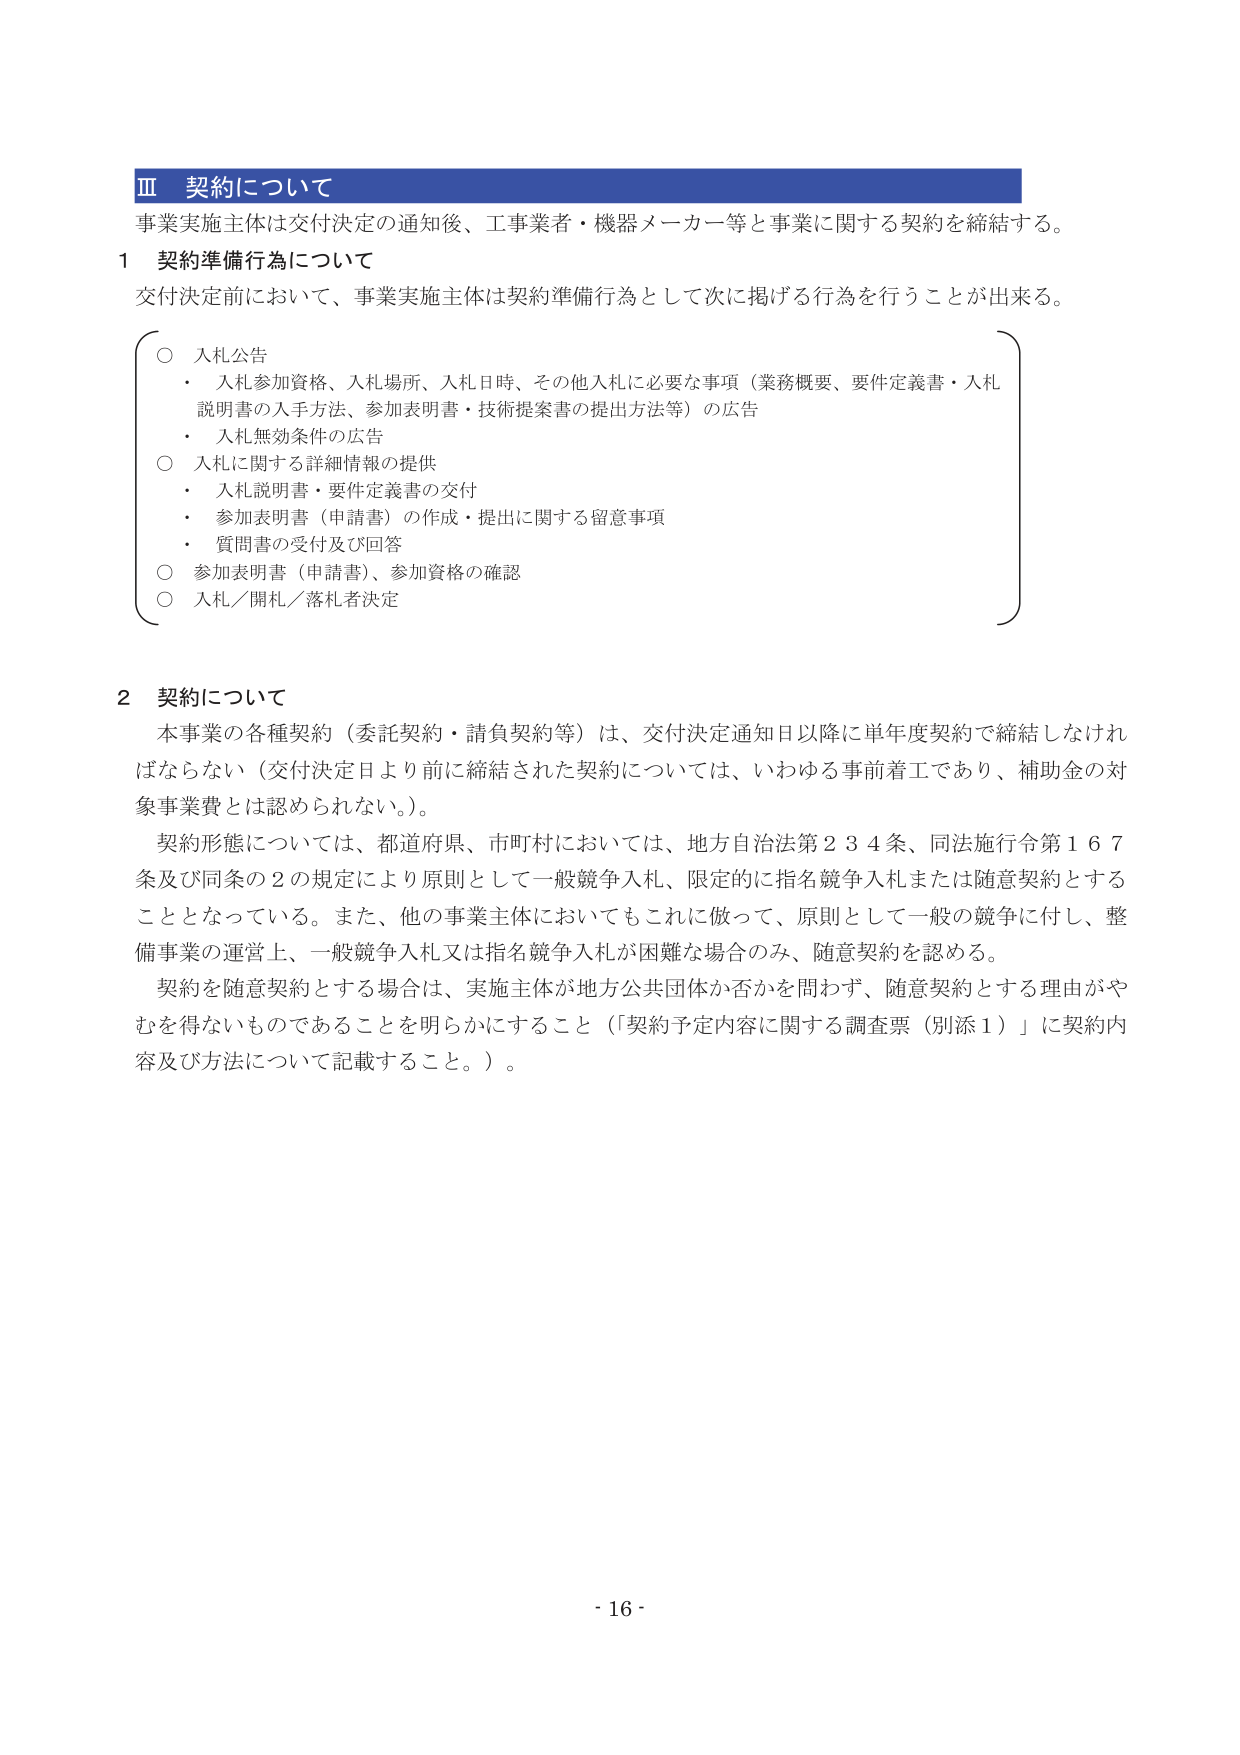
Ⅲ 契約について
事業実施主体は交付決定の通知後、工事業者・機器メーカー等と事業に関する契約を締結する。

1 契約準備行為について
交付決定前において、事業実施主体は契約準備行為として次に掲げる行為を行うことが出来る。

○ 入札公告
・ 入札参加資格、入札場所、入札日時、その他入札に必要な事項（業務概要、要件定義書・入札説明書の入手方法、参加表明書・技術提案書の提出方法等）の広告
・ 入札無効条件の広告

○ 入札に関する詳細情報の提供
・ 入札説明書・要件定義書の交付
・ 参加表明書（申請書）の作成・提出に関する留意事項
・ 質問書の受付及び回答

○ 参加表明書（申請書）、参加資格の確認

○ 入札／開札／落札者決定

2 契約について
本事業の各種契約（委託契約・請負契約等）は、交付決定通知日以降に単年度契約で締結しなければならない（交付決定日より前に締結された契約については、いわゆる事前着工であり、補助金の対象事業費とは認められない）。

契約形態については、都道府県、市町村においては、地方自治法第234条、同法施行令第167条及び同条の2の規定により原則として一般競争入札、限定的に指名競争入札または随意契約とすることとなっている。また、他の事業主体においてもこれに倣って、原則として一般の競争に付し、整備事業の運営上、一般競争入札又は指名競争入札が困難な場合のみ、随意契約を認める。

契約を随意契約とする場合は、実施主体が地方公共団体か否かを問わず、随意契約とする理由がやむを得ないものであることを明らかにすること（「契約予定内容に関する調査票（別添1）」に契約内容及び方法について記載すること。）。

- 16 -